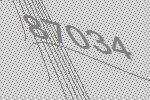
87034